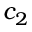
c _ { 2 }